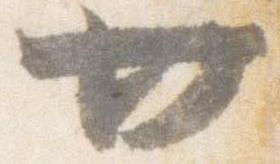
廿